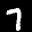
Label: 7